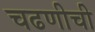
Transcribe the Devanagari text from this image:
चढणीची